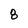
Character: 8